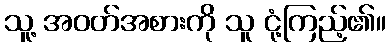
သူ့ အဝတ်အစားကို သူ ငုံ့ကြည့်၏။